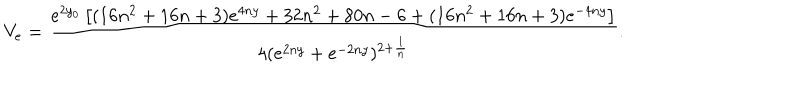
LaTeX: V _ { e } = \frac { e ^ { 2 y _ { 0 } } \left[ ( 1 6 n ^ { 2 } + 1 6 n + 3 ) e ^ { 4 n y } + 3 2 n ^ { 2 } + 8 0 n - 6 + ( 1 6 n ^ { 2 } + 1 6 n + 3 ) e ^ { - 4 n y } \right] } { 4 ( e ^ { 2 n y } + e ^ { - 2 n y } ) ^ { 2 + \frac { 1 } { n } } } .